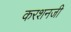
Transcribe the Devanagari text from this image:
करशनजी